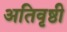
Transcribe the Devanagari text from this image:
अतिवृष्ठी